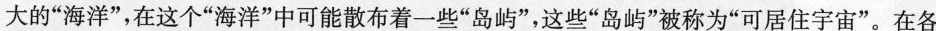
大的”海洋”，在这个”海洋”中可能散布着一些”岛屿”，这些”岛屿”被称为”可居住宇宙”。在各